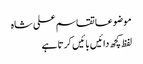
موضوعاتقاسم علی شاہ
لفظ کچھ دائیں بائیں کرتا ہے